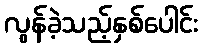
လွန်ခဲ့သည့်နှစ်ပေါင်း